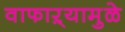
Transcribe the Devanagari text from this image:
वाफाऱ्यामुळे